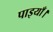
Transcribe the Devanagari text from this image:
पाइयाँ।